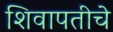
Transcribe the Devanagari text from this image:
शिवापतीचे